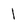
Character: l